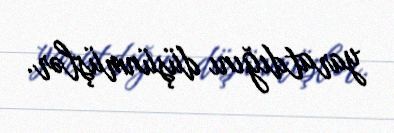
yaratdığını düşünmüşlər.